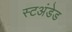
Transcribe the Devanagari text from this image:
स्टअंडेड